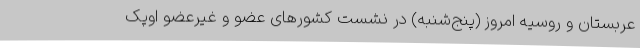
عربستان و روسیه امروز (پنج‌شنبه) در نشست کشورهای عضو و غیرعضو اوپک